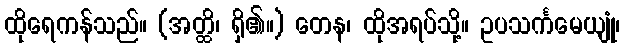
ထိုရေကန်သည်။ (အတ္ထိ၊ ရှိ၏။) တေန၊ ထိုအရပ်သို့။ ဥပသင်္ကမေယျုံ၊